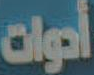
أدوات